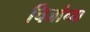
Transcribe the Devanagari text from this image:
चिजांच्या